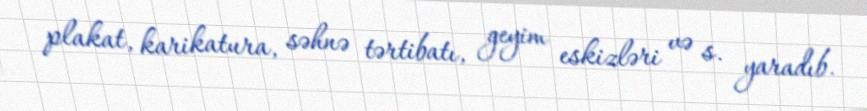
plakat, karikatura, səhnə tərtibatı, geyim eskizləri və s. yaradıb.